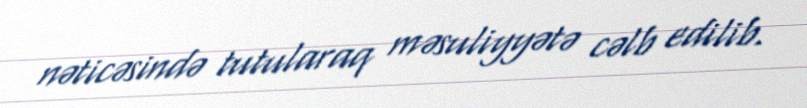
nəticəsində tutularaq məsuliyyətə cəlb edilib.